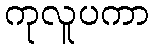
ကုလူပကာ